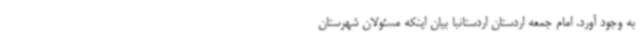
به وجود آورد. امام جمعه اردستان اردستانبا بیان اینکه مسئولان شهرستان